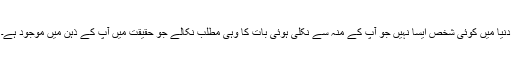
دنیا میں کوئی شخص ایسا نہیں جو آپ کے منہ سے نکلی ہوئی بات کا وہی مطلب نکالے جو حقیقت میں آپ کے ذہن میں موجود ہے۔